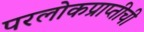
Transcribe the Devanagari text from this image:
परलोकप्राप्तीची